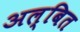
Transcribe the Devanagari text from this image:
अल्बित